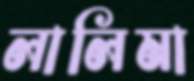
লালিমা